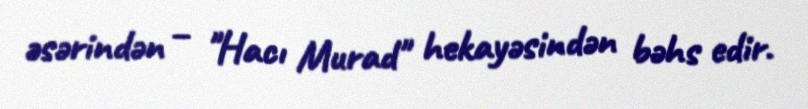
əsərindən – "Hacı Murad" hekayəsindən bəhs edir.